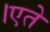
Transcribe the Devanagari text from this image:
।एते